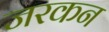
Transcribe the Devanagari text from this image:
जरकन